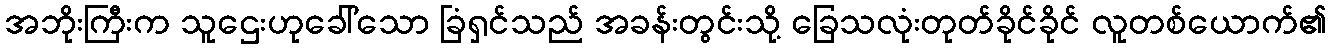
အဘိုးကြီးက သူဌေးဟုခေါ်သော ခြံရှင်သည် အခန်းတွင်းသို့ ခြေသလုံးတုတ်ခိုင်ခိုင် လူတစ်ယောက်၏